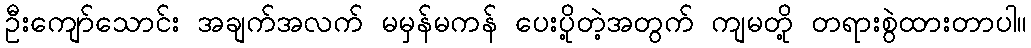
ဦးကျော်သောင်း အချက်အလက် မမှန်မကန် ပေးပို့တဲ့အတွက် ကျမတို့ တရားစွဲထားတာပါ။